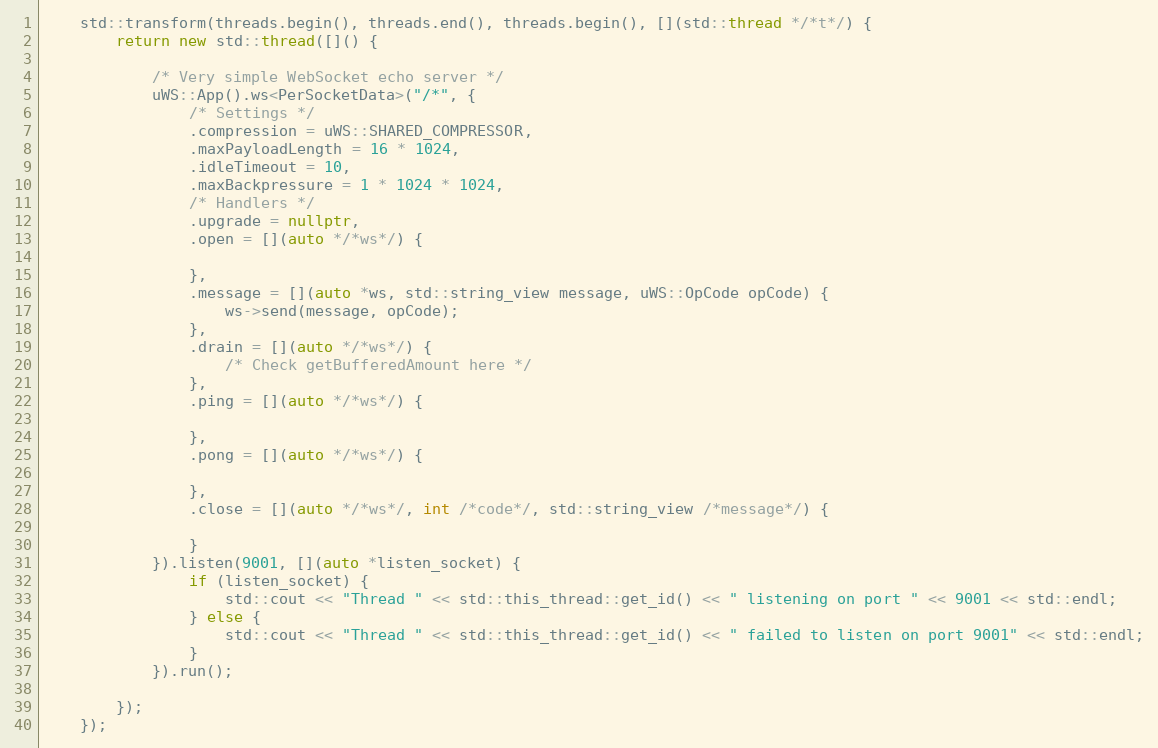
Language: C++
    std::transform(threads.begin(), threads.end(), threads.begin(), [](std::thread */*t*/) {
        return new std::thread([]() {

            /* Very simple WebSocket echo server */
            uWS::App().ws<PerSocketData>("/*", {
                /* Settings */
                .compression = uWS::SHARED_COMPRESSOR,
                .maxPayloadLength = 16 * 1024,
                .idleTimeout = 10,
                .maxBackpressure = 1 * 1024 * 1024,
                /* Handlers */
                .upgrade = nullptr,
                .open = [](auto */*ws*/) {

                },
                .message = [](auto *ws, std::string_view message, uWS::OpCode opCode) {
                    ws->send(message, opCode);
                },
                .drain = [](auto */*ws*/) {
                    /* Check getBufferedAmount here */
                },
                .ping = [](auto */*ws*/) {

                },
                .pong = [](auto */*ws*/) {

                },
                .close = [](auto */*ws*/, int /*code*/, std::string_view /*message*/) {

                }
            }).listen(9001, [](auto *listen_socket) {
                if (listen_socket) {
                    std::cout << "Thread " << std::this_thread::get_id() << " listening on port " << 9001 << std::endl;
                } else {
                    std::cout << "Thread " << std::this_thread::get_id() << " failed to listen on port 9001" << std::endl;
                }
            }).run();

        });
    });